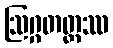
ဩဂ္ဂတတ္တဿ